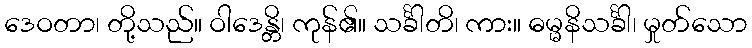
ဒေဝတာ၊ တို့သည်။ ဝါဒေန္တိ၊ ကုန်၏။ သင်္ခါတိ၊ ကား။ ဓမ္မနိသင်္ခါ၊ မှုတ်သော